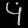
Digit: ၄